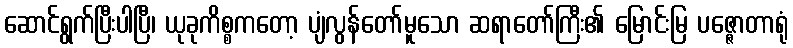
ဆောင်ရွက်ပြီးပါပြီ၊ ယုခုကိစ္စကတော့ ပျံလွန်တော်မူသော ဆရာတော်ကြီး၏ မြောင်းမြ ပဇ္ဇောတာရုံ